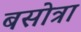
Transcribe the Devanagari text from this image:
बसोत्रा